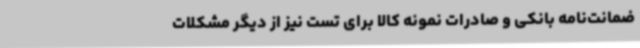
ضمانت‌نامه بانکی و صادرات نمونه کالا برای تست نیز از دیگر مشکلات